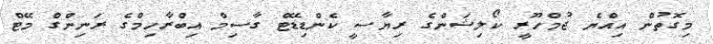
މިގޮތުން އިއްޔެ ޖުމްހޫރީ ކޯލިޝަންގެ ރިޔާސީ ކެންޑިޑޭޓް ގާސިމް އިބްރާހިމްގެ ރަނިންގް މޭޓް